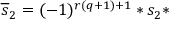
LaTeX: \overline { { { s } } } _ { 2 } = ( - 1 ) ^ { r ( q + 1 ) + 1 } * s _ { 2 } *